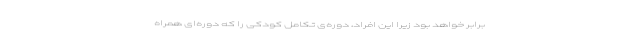
برابر خواهد بود زیرا این افراد، دوره‌ی تکامل کودکی را که دوره‌ای همراه